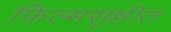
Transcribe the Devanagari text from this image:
फिल्मसृष्टीत